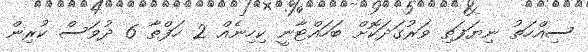
ސިއްހަތު ނިޔަފަތި ވަރުގަދަކޮށް ބަހައްޓާނީ ކިހިނެއް 2 ހަފްތާ 6 ދުވަސް ކުރިން